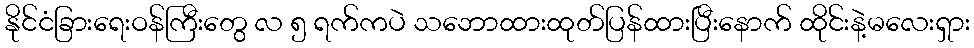
နိုင်ငံခြားရေးဝန်ကြီးတွေ လ ၅ ရက်ကပဲ သဘောထားထုတ်ပြန်ထားပြီးနောက် ထိုင်းနဲ့မလေးရှား